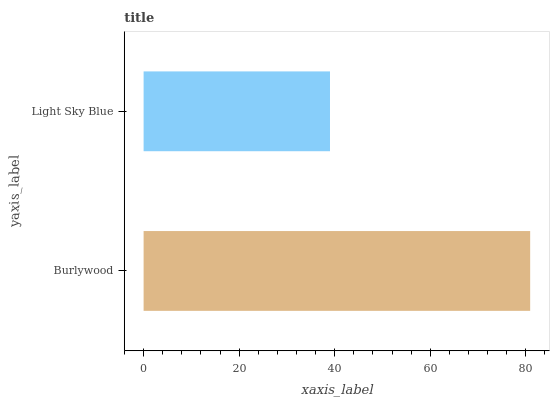
| yaxis_label | bars |
 | --- | --- |
 | Burlywood | 80.9 |
 | Light Sky Blue | 39 |